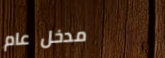
مدخل عام